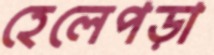
হেলেপড়া